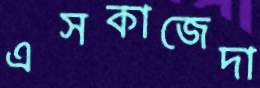
এসকাজেদা